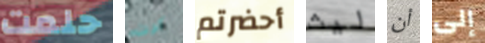
حلمت كرت أحضرتم ليث أن إلى